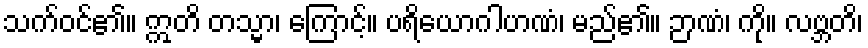
သက်ဝင်၏။ ဣတိ တသ္မာ၊ ကြောင့်။ ပရိယောဂါဟဏံ၊ မည်၏။ ဉာဏံ၊ ကို။ လဗ္ဘတိ၊